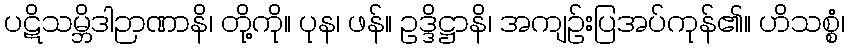
ပဋိသမ္ဘိဒါဉာဏာနိ၊ တို့ကို။ ပုန၊ ဖန်။ ဥဒ္ဒိဋ္ဌာနိ၊ အကျဉ်းပြအပ်ကုန်၏။ ဟိသစ္စံ၊